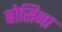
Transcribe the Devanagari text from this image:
बोसिना